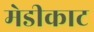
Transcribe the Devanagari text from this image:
मेडीकाट